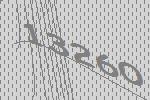
13260